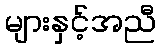
များနှင့်အညီ